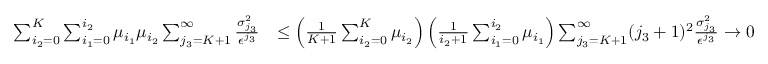
\begin{array} { r l } { \sum _ { i _ { 2 } = 0 } ^ { K } \sum _ { i _ { 1 } = 0 } ^ { i _ { 2 } } \mu _ { i _ { 1 } } \mu _ { i _ { 2 } } \sum _ { j _ { 3 } = K + 1 } ^ { \infty } \frac { \sigma _ { j _ { 3 } } ^ { 2 } } { \epsilon ^ { j _ { 3 } } } } & { \leq \left( \frac { 1 } { K + 1 } \sum _ { i _ { 2 } = 0 } ^ { K } \mu _ { i _ { 2 } } \right) \left( \frac { 1 } { i _ { 2 } + 1 } \sum _ { i _ { 1 } = 0 } ^ { i _ { 2 } } \mu _ { i _ { 1 } } \right) \sum _ { j _ { 3 } = K + 1 } ^ { \infty } ( j _ { 3 } + 1 ) ^ { 2 } \frac { \sigma _ { j _ { 3 } } ^ { 2 } } { \epsilon ^ { j _ { 3 } } } \rightarrow 0 } \end{array}